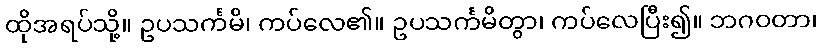
ထိုအရပ်သို့။ ဥပသင်္ကမိ၊ ကပ်လေ၏။ ဥပသင်္ကမိတွာ၊ ကပ်လေပြီး၍။ ဘဂဝတာ၊